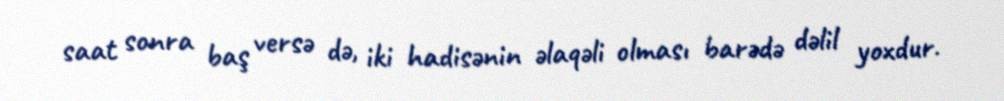
saat sonra baş versə də, iki hadisənin əlaqəli olması barədə dəlil yoxdur.